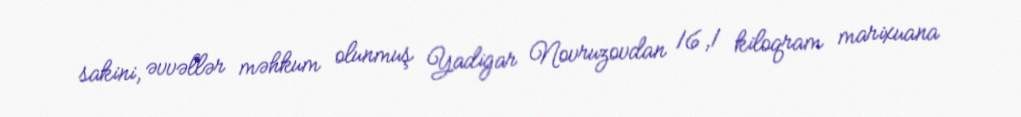
sakini, əvvəllər məhkum olunmuş Yadigar Novruzovdan 16,1 kiloqram marixuana